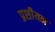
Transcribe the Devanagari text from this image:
प्रशीयन